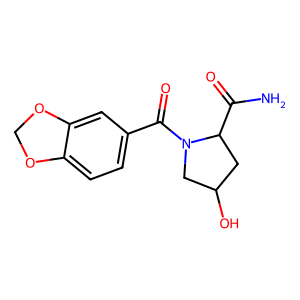
SMILES: NC(=O)C1CC(O)CN1C(=O)c1ccc2c(c1)OCO2
Inhibits HIV replication: No